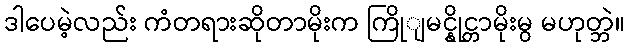
ဒါပေမဲ့လည်း ကံတရားဆိုတာမိုးက ကြိုျမင္နိုင္တာမိုးမွ မဟုတ္ဘဲ။